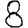
Digit: 8